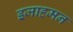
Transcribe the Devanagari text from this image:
इजाहमन